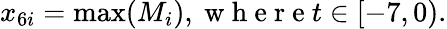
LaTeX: x_{6i}=\operatorname*{max}(M_{i}),\mathrm{~w~h~e~r~e~}t\in[-7,0).